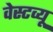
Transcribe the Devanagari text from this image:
वेस्टव्यू